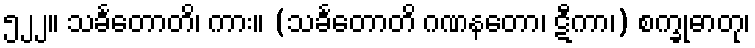
၅၂၂။ သင်္ခတောတိ၊ ကား။ (သင်္ခတောတိ ဂဏနတော၊ ဋီကာ၊) စက္ခုဓာတု၊